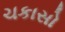
ચકાસો